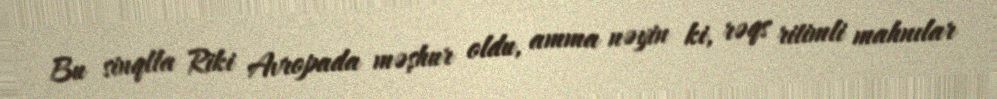
Bu sinqlla Riki Avropada məşhur oldu, amma nəyin ki, rəqs ritimli mahnılar